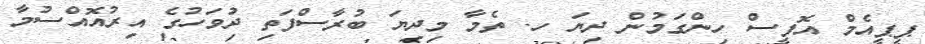
ޕީޕީއެމް އޮފީސް ހިންގަމުން ދިޔަ ހ. ތެމާ މިދިޔަ ބުރާސްފަތި ދުވަހުގެ އިރުއޮއްސުމާ